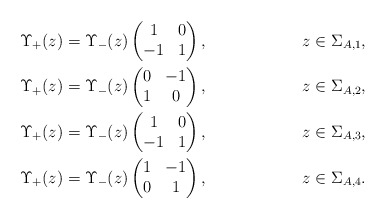
\begin{align*}&\Upsilon_+(z)=\Upsilon_-(z)\begin{pmatrix}1&0\\-1&1\end{pmatrix}, &z\in \Sigma_{A,1},\\&\Upsilon_+(z)=\Upsilon_-(z)\begin{pmatrix}0&-1\\1&0\end{pmatrix}, &z\in \Sigma_{A,2},\\&\Upsilon_+(z)=\Upsilon_-(z)\begin{pmatrix}1&0\\-1&1\end{pmatrix}, &z\in \Sigma_{A,3},\\&\Upsilon_+(z)=\Upsilon_-(z)\begin{pmatrix}1&-1\\0&1\end{pmatrix}, &z\in \Sigma_{A,4}.\end{align*}